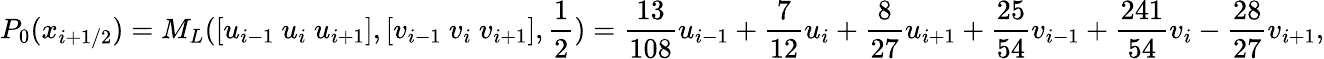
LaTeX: P_{0}(x_{i+1/2})=M_{L}([u_{i-1}~u_{i}~u_{i+1}],[v_{i-1}~v_{i}~v_{i+1}],\frac 12)=\frac{13}{108}u_{i-1}+\frac{7}{12}u_{i}+\frac{8}{27}u_{i+1}+\frac{25}{54}v_{i-1}+\frac{241}{54}v_{i}-\frac{28}{27}v_{i+1},